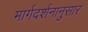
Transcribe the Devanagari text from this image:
मार्गदर्शनानुसार